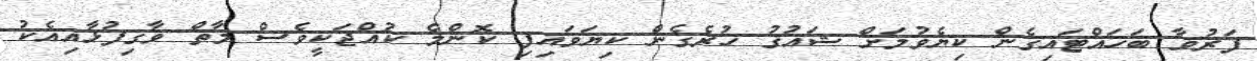
ފަރުވާ ބަހައްޓައިގެން ކިޔެވުމަށް ޝައުޤު ހުރެގެން ކިޔަވައިފި ކޮންމެ ކުއްޖަކީވެސް މާތް ވާގިފުޅާއިއެކު